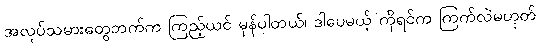
အလုပ်သမားတွေဘက်က ကြည့်ယင် မှန်ပါတယ်၊ ဒါပေမယ့် ကိုရင်က ကြက်လဲမဟုတ်